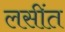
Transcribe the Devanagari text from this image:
लसींत